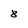
Character: 8